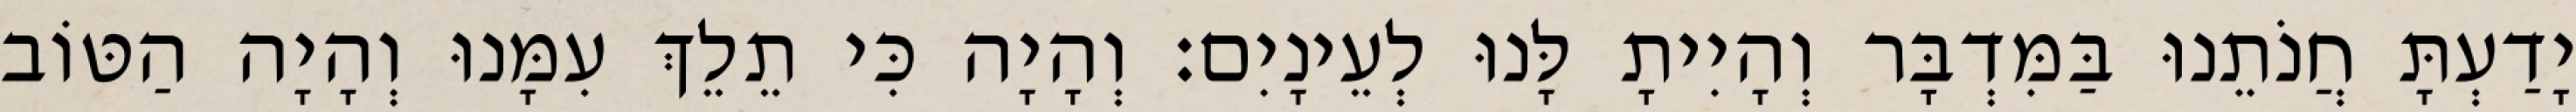
יָדַעְתָּ חֲנֹתֵנוּ בַּמִּדְבָּר וְהָיִיתָ לָּנוּ לְעֵינָיִם׃ וְהָיָה כִּי תֵלֵךְ עִמָּנוּ וְהָיָה הַטּוֹב